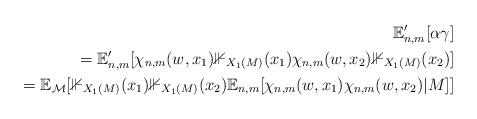
LaTeX: \begin{align*}\mathbb{E}_{n,m}' [\alpha \gamma]\\=\mathbb{E}_{n,m}' [ \chi_{n,m}(w,x_1) \mathbb{1}_{X_1(M)} (x_1) \chi_{n,m}(w, x_2) \mathbb{1}_{X_1(M)} (x_2) ]\\= \mathbb{E}_{\mathcal{M}} [\mathbb{1}_{X_1(M)} (x_1) \mathbb{1}_{X_1(M)}(x_2) \mathbb{E}_{n,m} [\chi_{n,m}(w, x_1) \chi_{n,m}(w, x_2) | M ]]\end{align*}